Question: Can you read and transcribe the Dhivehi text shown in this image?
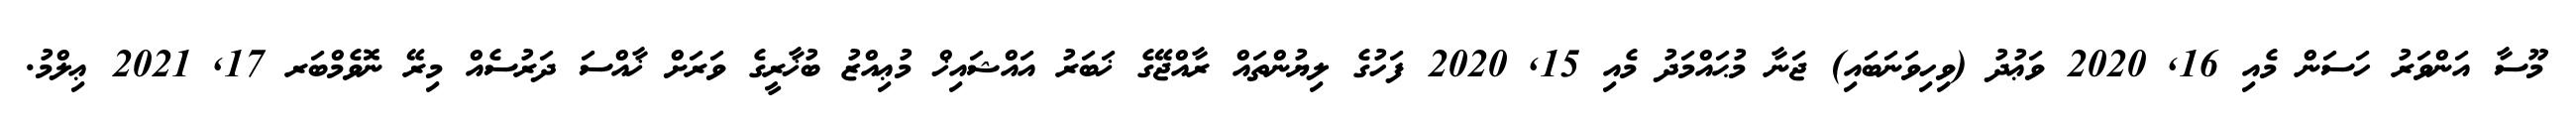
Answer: މޫސާ އަންވަރު ހަސަން މެއި 16, 2020 ވަޢުދު (ވިހިވަނަބައި) ޖަނާ މުޙައްމަދު މެއި 15, 2020 ފަހުގެ ލިޔުންތައް ރާއްޖޭގެ ޚަބަރު އައްޝައިޚް މުޢިއްޒު ބުޚާރީގެ ވަރަށް ޚާއްސަ ދަރުސެއް މިރޭ ނޮވެމްބަރ 17, 2021 ޢިލްމު.